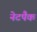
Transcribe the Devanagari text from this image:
नेटपैक